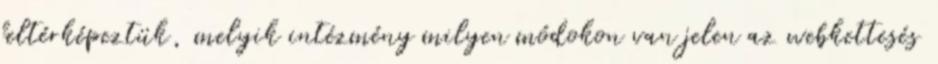
feltérképeztük, melyik intézmény milyen módokon van jelen az webkettesés